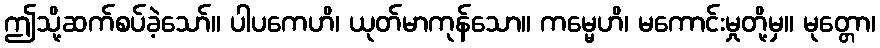
ဤသို့ဆက်စပ်ခဲ့သော်။ ပါပကေဟိ၊ ယုတ်မာကုန်သော။ ကမ္မေဟိ၊ မကောင်းမှုတို့မှ။ မုတ္တော၊